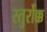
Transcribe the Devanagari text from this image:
स्तुर्रोक्क